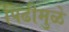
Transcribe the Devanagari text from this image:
पिढीमुळे